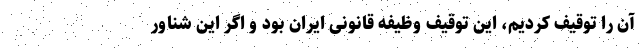
آن را توقیف کردیم، این توقیف وظیفه قانونی ایران بود و اگر این شناور